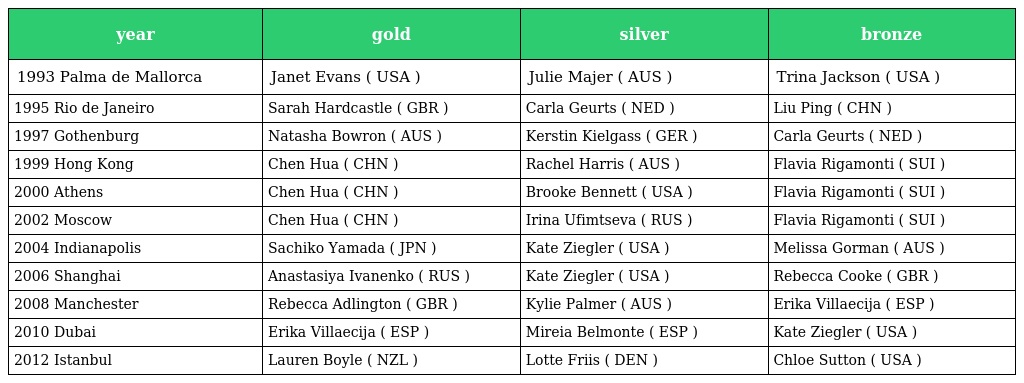
| year | gold | silver | bronze |
 | --- | --- | --- | --- |
 | 1993 Palma de Mallorca | Janet Evans ( USA ) | Julie Majer ( AUS ) | Trina Jackson ( USA ) |
 | 1995 Rio de Janeiro | Sarah Hardcastle ( GBR ) | Carla Geurts ( NED ) | Liu Ping ( CHN ) |
 | 1997 Gothenburg | Natasha Bowron ( AUS ) | Kerstin Kielgass ( GER ) | Carla Geurts ( NED ) |
 | 1999 Hong Kong | Chen Hua ( CHN ) | Rachel Harris ( AUS ) | Flavia Rigamonti ( SUI ) |
 | 2000 Athens | Chen Hua ( CHN ) | Brooke Bennett ( USA ) | Flavia Rigamonti ( SUI ) |
 | 2002 Moscow | Chen Hua ( CHN ) | Irina Ufimtseva ( RUS ) | Flavia Rigamonti ( SUI ) |
 | 2004 Indianapolis | Sachiko Yamada ( JPN ) | Kate Ziegler ( USA ) | Melissa Gorman ( AUS ) |
 | 2006 Shanghai | Anastasiya Ivanenko ( RUS ) | Kate Ziegler ( USA ) | Rebecca Cooke ( GBR ) |
 | 2008 Manchester | Rebecca Adlington ( GBR ) | Kylie Palmer ( AUS ) | Erika Villaecija ( ESP ) |
 | 2010 Dubai | Erika Villaecija ( ESP ) | Mireia Belmonte ( ESP ) | Kate Ziegler ( USA ) |
 | 2012 Istanbul | Lauren Boyle ( NZL ) | Lotte Friis ( DEN ) | Chloe Sutton ( USA ) |